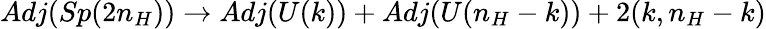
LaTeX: Adj(Sp(2n_{H}))\to Adj(U(k))+Adj(U(n_{H}-k))+2(k,n_{H}-k)